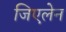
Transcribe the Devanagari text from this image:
जिएलेन